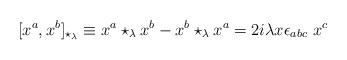
LaTeX: \begin{align*}[x^a, x^b]_{\star_{\lambda}} \equiv x^a \star_{\lambda} x^b- x^b \star_{\lambda} x^a = 2i \lambda x \epsilon_{abc} \ x^c\end{align*}